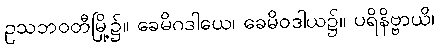
ဥသဘဝတီမြို့၌။ ခေမိဂဒါယေ၊ ခေမိဝဒါယ၌။ ပရိနိဗ္ဗာယိ၊